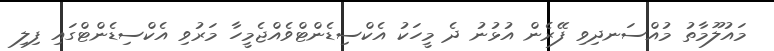
މައުލޫމާތު މުއްސަނދިވި ފޭރެން އުޅުނު ދެ މީހަކު އެކްސިޑެންޓްވެއްޖެމީހާ މަރުވި އެކްސިޑެންޓްގައި ފިލި